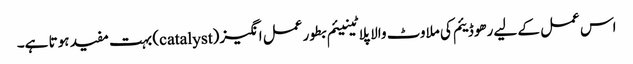
اس عمل کے لیے رھوڈیئم کی ملاوٹ والا پلاٹینیئم بطور عمل انگیز (catalyst) بہت مفید ہوتا ہے۔